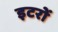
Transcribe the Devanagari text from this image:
इटरों